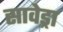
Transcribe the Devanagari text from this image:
सावेड्रा